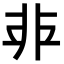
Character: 𩇧